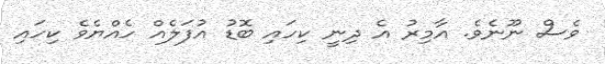
ވެސް ނޫނެވެ. އާމިރު އެ ދިނީ ކިހައި ބޮޑު އުފަލެއް ހެއްޔެވެ ކިހައި